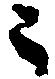
ニ